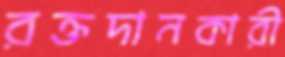
রক্তদানকারী